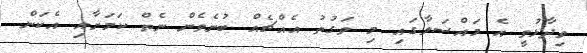
ވިދާޅުވީ އެ މައްސަލާގައި މި ވަގުތު އެއްޗެއް ބުނެވެން ނެތް ކަމަށާއި އެކަން